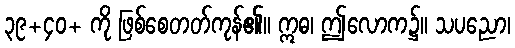
၃၉+၄၀+ ကို ဖြစ်စေတတ်ကုန်၏။ ဣဓ၊ ဤလောက၌။ သပညော၊